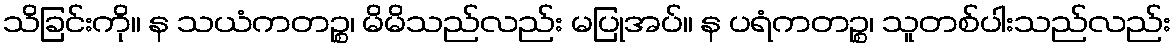
သိခြင်းကို။ န သယံကတဉ္စ၊ မိမိသည်လည်း မပြုအပ်။ န ပရံကတဉ္စ၊ သူတစ်ပါးသည်လည်း